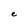
Character: e